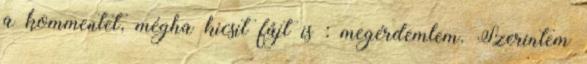
a kommentet, mégha kicsit fájt is : megérdemlem. Szerintem